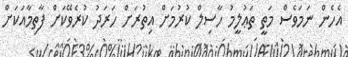
އެހެން ނަމަވެސް މަތީ ތަޢުލީމު ހާސިލް ކުރުމަށް އިތުރަށް ހަރަދު ކުރެވޭކަށް ފާތިމާއަކަށް